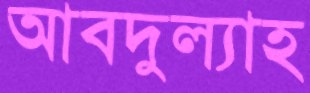
আবদুল্যাহ